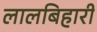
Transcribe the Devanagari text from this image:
लालबिहारी